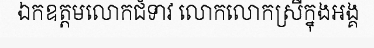
ឯកឧត្តមលោកជំទាវ លោកលោកស្រីក្នុងអង្គ